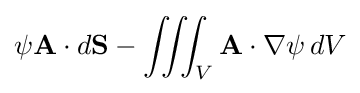
\psi \mathbf {A} \cdot d\mathbf {S} -\iiint _{V}\mathbf {A} \cdot \nabla \psi \,dV